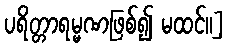
ပရိတ္တာရမ္မဏဖြစ်၍ မထင်။]